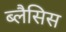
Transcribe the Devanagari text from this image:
ब्लैसिस